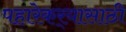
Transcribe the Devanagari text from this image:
पहारेकर्‍यासाठी